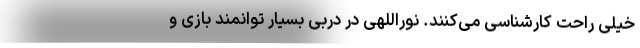
خیلی راحت کارشناسی می‌کنند. نوراللهی در دربی بسیار توانمند بازی و